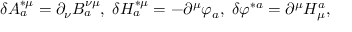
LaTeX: \delta A _ { a } ^ { * \mu } = \partial _ { \nu } B _ { a } ^ { \nu \mu } , \; \delta H _ { a } ^ { * \mu } = - \partial ^ { \mu } \varphi _ { a } , \; \delta \varphi ^ { * a } = \partial ^ { \mu } H _ { \mu } ^ { a } ,